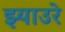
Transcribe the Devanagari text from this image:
झ्याउरे